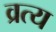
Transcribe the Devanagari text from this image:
व्रत्य